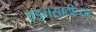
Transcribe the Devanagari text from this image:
एड्ससाठीच्या